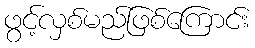
ဖွင့်လှစ်မည်ဖြစ်ကြောင်း